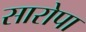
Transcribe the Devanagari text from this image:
सारोपा